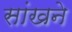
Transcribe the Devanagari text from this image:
सांखने